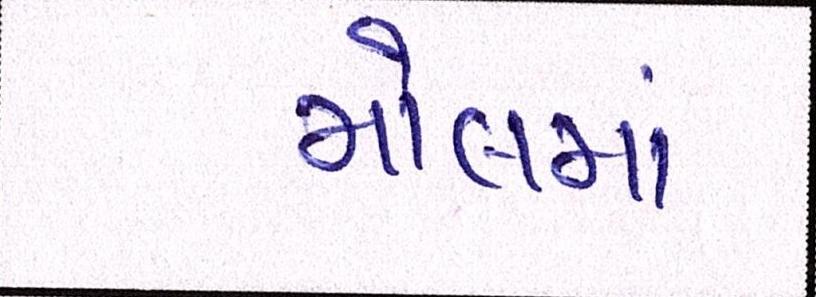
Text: મોલમાં